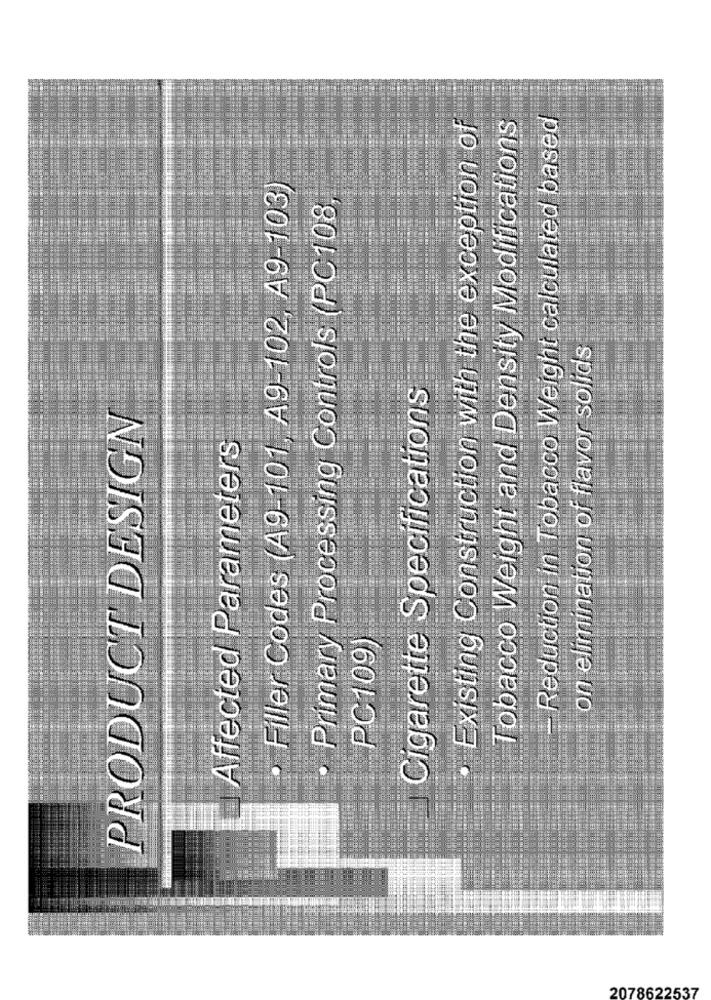
· Existing Construction with the exception of
- Reduction in Tobacco Weight calculated based
Tobacco Weight and Density Modifications
· Filler Codes (A9-101, A9-102, A9-103
· Primary Processing Controls (PC108
on elimination of flavor solids
Cigarette Specifications
PRODUCT DESIGN
Affected Parameters
PC109)
2078622537